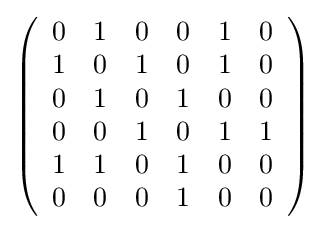
{\textstyle \left({\begin{array}{rrrrrr}0&1&0&0&1&0\\1&0&1&0&1&0\\0&1&0&1&0&0\\0&0&1&0&1&1\\1&1&0&1&0&0\\0&0&0&1&0&0\\\end{array}}\right)}